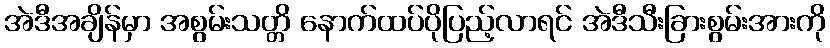
အဲဒီအချိန်မှာ အစွမ်းသတ္တိ နောက်ထပ်ပိုပြည့်လာရင် အဲဒီသီးခြားစွမ်းအားကို